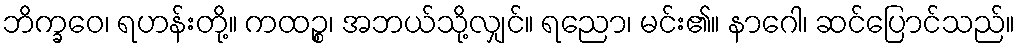
ဘိက္ခဝေ၊ ရဟန်းတို့။ ကထဉ္စ၊ အဘယ်သို့လျှင်။ ရညော၊ မင်း၏။ နာဂေါ၊ ဆင်ပြောင်သည်။